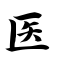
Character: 医